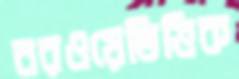
নরওয়েভিত্তিক